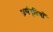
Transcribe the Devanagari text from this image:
असंतृप्तियाँ